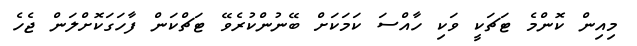
މިއިން ކޮންމެ ޓަޗަކީ ވަކި ހާއްސަ ކަމަކަށް ބޭނުންކުރެވޭ ޓަޗްކަން ފާހަގަކޮށްލަން ޖެހެ